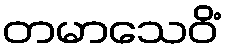
တမာသေဝိံ